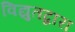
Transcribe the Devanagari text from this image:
विद्युतद्वारा